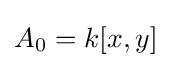
A_{0}=k[x,y]